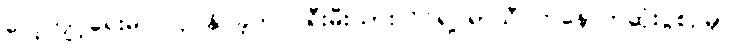
လေ့ကျင့်ရေးမပြုလုပ်နိုင်ခဲ့ဘဲ ပရီးမီးယားလိဂ်ရဲ့ ရာသီပိတ်နောက်ဆုံးပွဲစဉ်မှာ